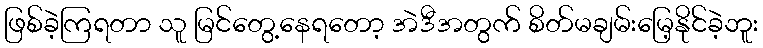
ဖြစ်ခဲ့ကြရတာ သူ မြင်တွေ့နေရတော့ အဲဒီအတွက် စိတ်မချမ်းမြေ့နိုင်ခဲ့ဘူး